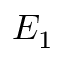
E _ { 1 }